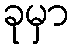
ခုမှာ